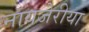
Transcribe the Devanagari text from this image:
नायजेरीया